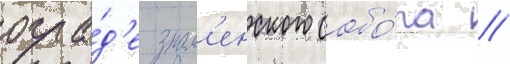
огра́д'е знам'енского собо́ра //